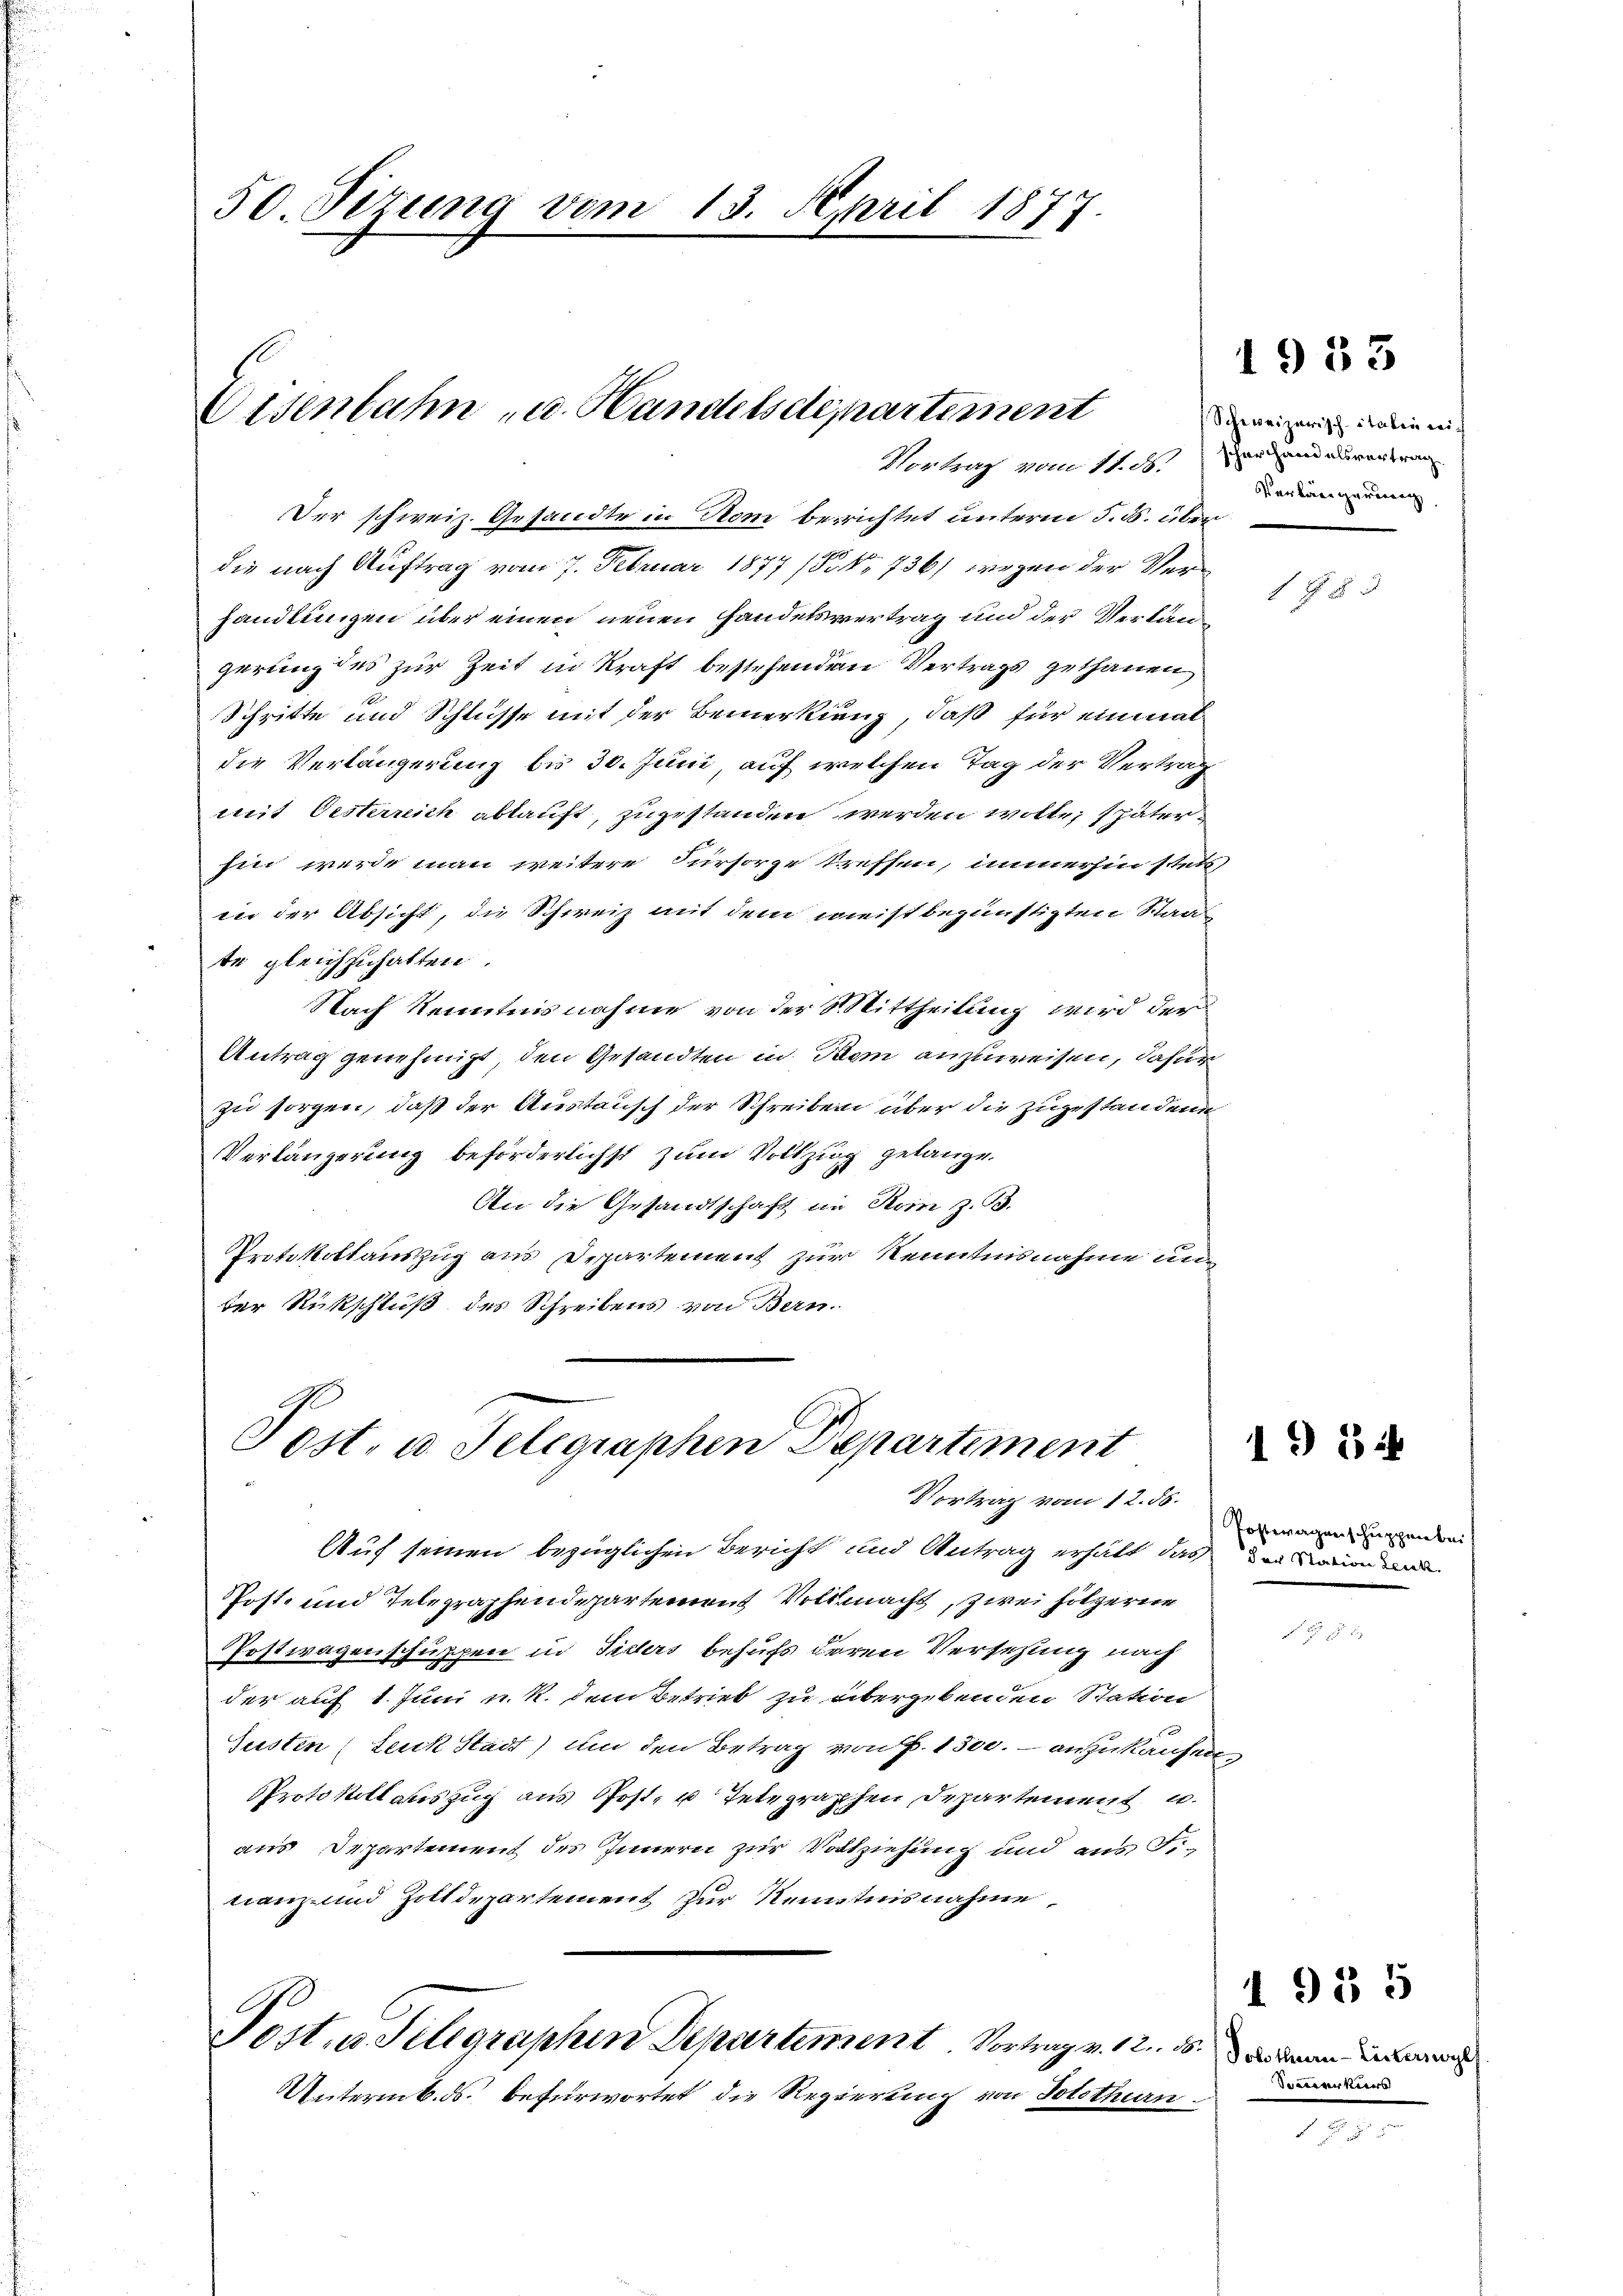
50. Sizung vom 13. April 1877.

Eisenbahn u. Handelsdepartement
Vortrag vom 14. ds. erland ausvertrag.

Der schweiz. Gesandte in Nom berichtet unterm 5. ds. über
die nach Auftrag vom 7. Februar 1877 (§. 736) wegen der Verhandlungen über einen neuen Handelsvertrag und der Verlangerung des zur Zeit in Kraft bestehenden Vertrags gethanen
Schritte und Schlüsse mit der Bemerkung, daß für einmal
die Verlängerung bis 30. Juni, auf welchen Tag der Vertrag
mit Oesterreich abkauft, zugestanden werden wolle; später
hin werde man weitere Fürsorge treffen, immerhin stets
in der Absicht, die Schweiz mit dem meist begünstigten Staat
te gleichzuhalten.
Nach Kenntnisnahme von der 8. Mittheilung wird der
Antrag genehmigt, den Gesandten in Bei anzuweisen, dafür
zu sorgen, daß der Austausch der Schreiben über die zugestandene
Verlängerung beförderlichst zum Vollzug gelangen
An die Gesandtschaft in Prinz. B.
Protokollauszug aus Departement zur Kenntnisnahme un
ter Rückschluß des Schreibens von Bern.

Post. u. Telegraphen Departement
Vortrag vom 12. 55.

Auf seinen bezüglichen Bericht und Antrag erhält das der Kanonen
PPost- und Telegraphendepartement Vollmacht, zwei hölzerne
Postwagenschuppen in Siders behufs deren Versezung nach
der auf 1. Juni u. R. dem Betrieb zu übergebenden Station
Gusten (Leuk Stadt) um den Betrag von P. 1300. anzukaufen
PProtokoll auszug aus Post, u Integraphen Departement u.
aus Departement des Innern zur Vollziehung und aus de
nanz und Zolldepartement zur Kenntnisnahme
Post, u. Selegraphen Departement Vortrag v. 12. ds.
Untermb. ds. befürwortet, die Regierung von Solothurn.

Schweizerisch-Italin wei¬
Verkärgerung

1983

98 x

Postwagenschuppenbeis

196 4

Solothurn Kerkers wels
Sommerkurs

1935